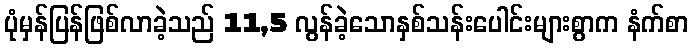
ပုံမှန်ပြန်ဖြစ်လာခဲ့သည် 11,5 လွန်ခဲ့သောနှစ်သန်းပေါင်းများစွာက နံက်စာ